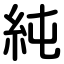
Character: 純